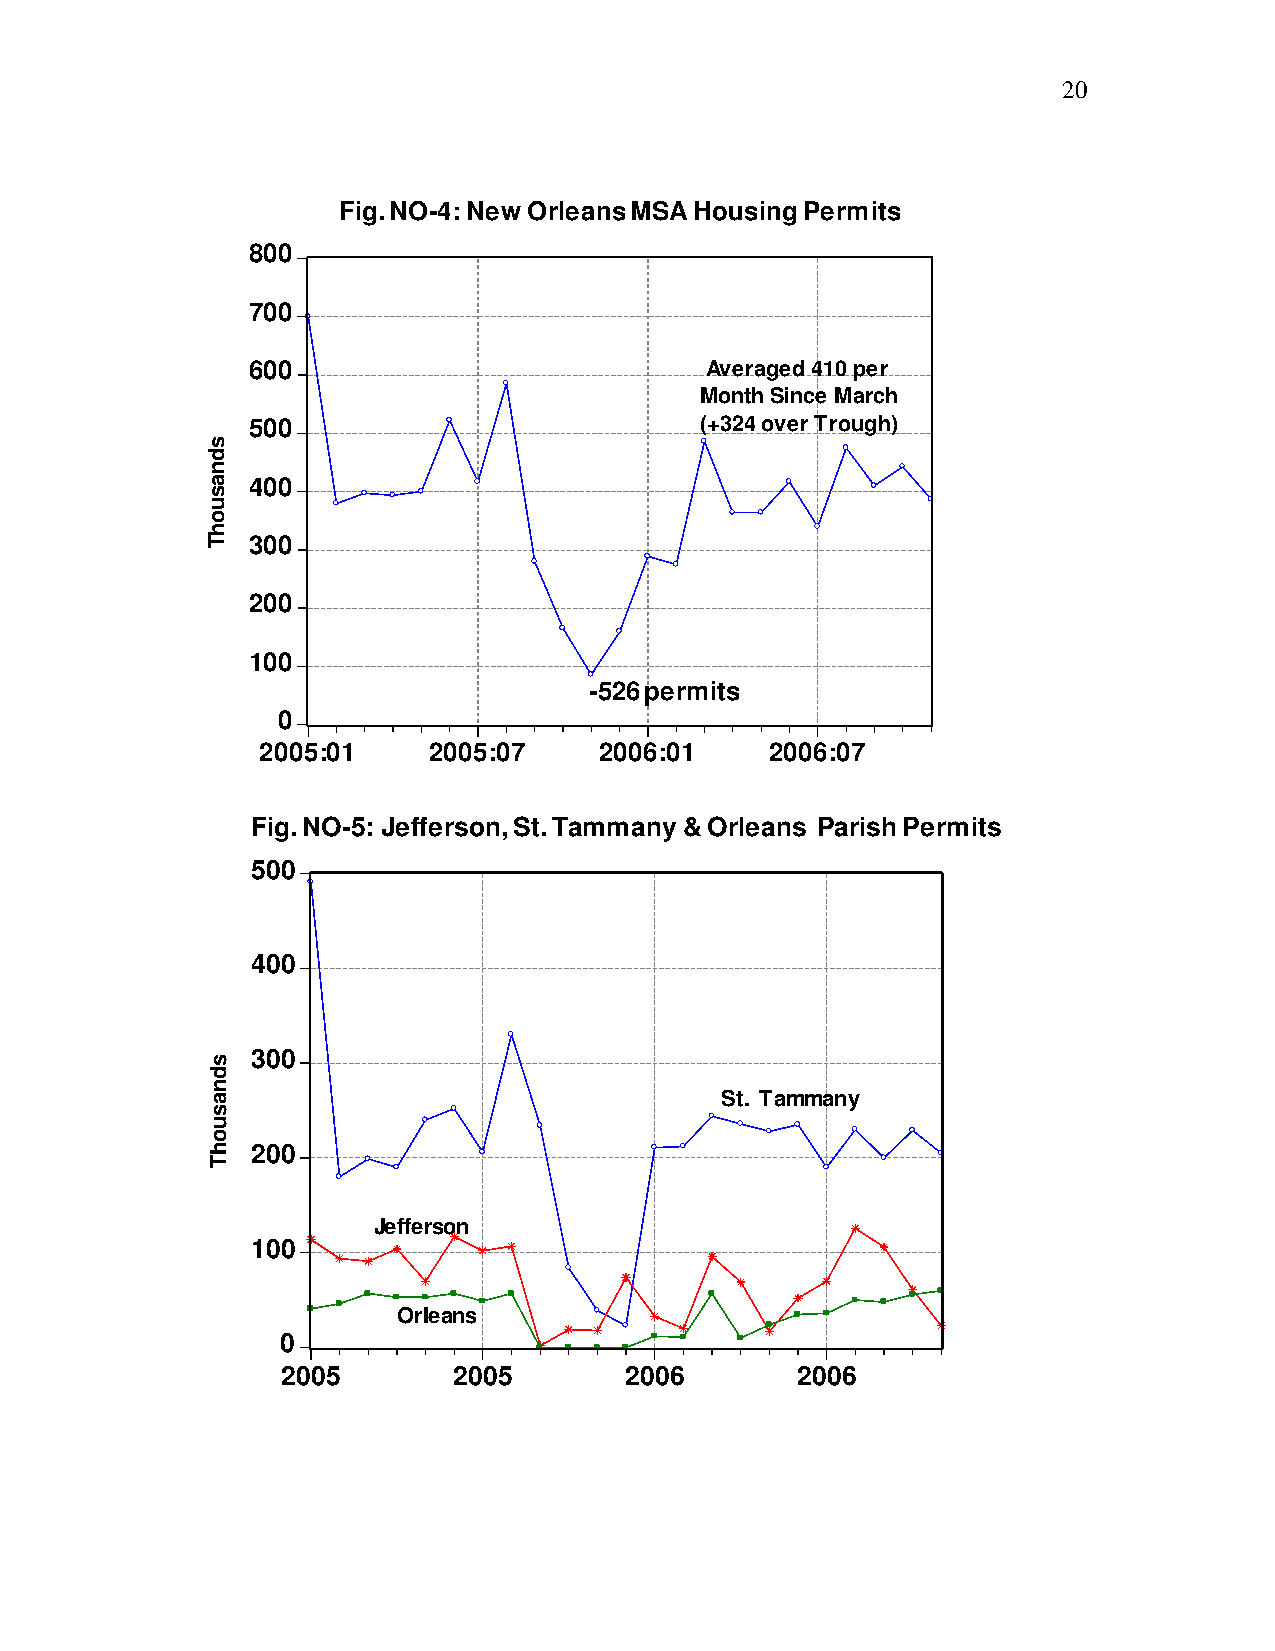
20
 Fig. NO-4: New Orleans MSA Housing Permits
 800
 700
 600                            Averaged 410 per
 Month Since March
 500                           (+324 over Trough)
 400
 300
 200
 100
 -526 permits
 0
 2005:01    2005:07     2006:01    2006:07
 Fig. NO-5: Jefferson, St. Tammany & Orleans Parish Permits
 500
 400
 300
 St. Tammany
 200
 Jefferson
 100
 Orleans
 0
 2005       2005       2006        2006
 sdnasuohT
 sdnasuohT